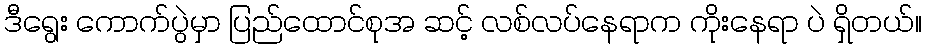
ဒီရွေး ကောက်ပွဲမှာ ပြည်ထောင်စုအ ဆင့် လစ်လပ်နေရာက ကိုးနေရာ ပဲ ရှိတယ်။